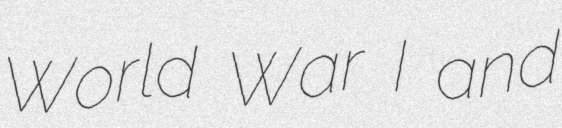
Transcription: World War I and